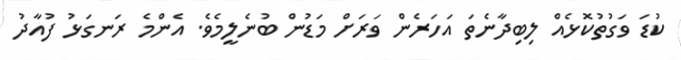
ކުޑަ ވަގުތުކޮޅެއް ލިބިދާނެތަ އަހަރެން ވަރަށް މަޑުން ބުނެލީމެވެ. އެންމެ ރަނގަޅު ފުއާދު